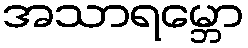
အသာရမ္ဘော